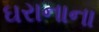
ઘરાનાના